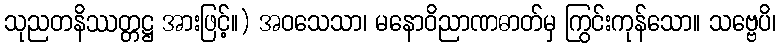
သုညတနိဿတ္တဋ္ဌ အားဖြင့်။) အဝသေသာ၊ မနောဝိညာဏဓာတ်မှ ကြွင်းကုန်သော။ သဗ္ဗေပိ၊